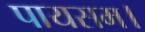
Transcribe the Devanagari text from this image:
पायसम।